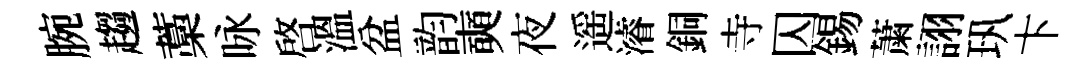
腕趨藁咏啓溫盆韵奭夜遥濬銅寺囚錫䔥詡㺬卞